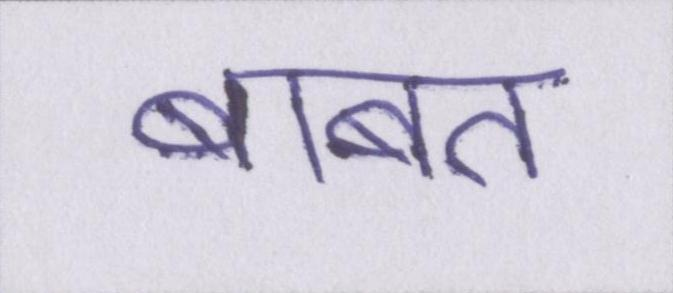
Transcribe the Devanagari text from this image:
बाबत